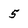
Character: 5